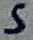
Text: 5